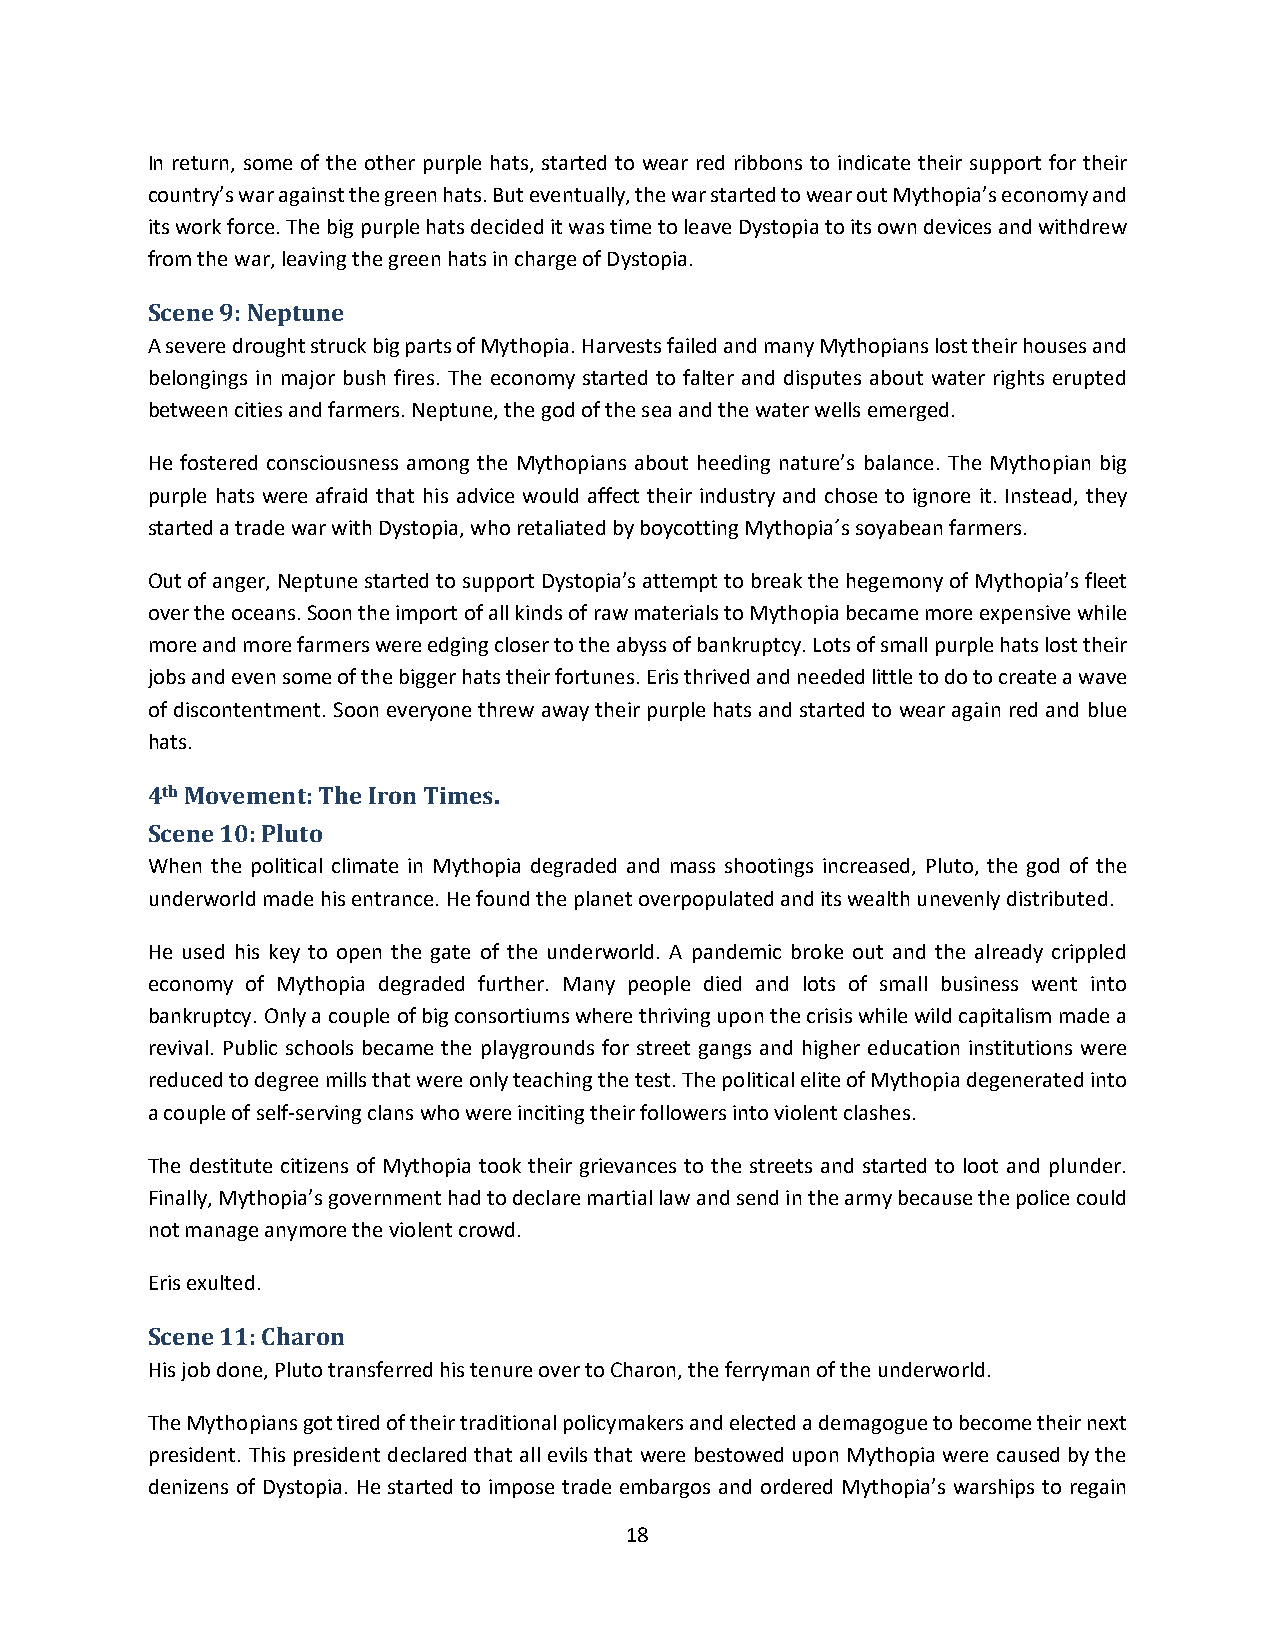
In return, some of the other purple hats, started to wear red ribbons to indicate their support for their
 country’s war against the green hats. But eventually, the war started to wear out Mythopia’s economy and
 its work force. The big purple hats decided it was time to leave Dystopia to its own devices and withdrew
 from the war, leaving the green hats in charge of Dystopia.
 Scene 9: Neptune
 A severe drought struck big parts of Mythopia. Harvests failed and many Mythopians lost their houses and
 belongings in major bush fires. The economy started to falter and disputes about water rights erupted
 between cities and farmers. Neptune, the god of the sea and the water wells emerged.
 He fostered consciousness among the Mythopians about heeding nature’s balance. The Mythopian big
 purple hats were afraid that his advice would affect their industry and chose to ignore it. Instead, they
 started a trade war with Dystopia, who retaliated by boycotting Mythopia´s soyabean farmers.
 Out of anger, Neptune started to support Dystopia’s attempt to break the hegemony of Mythopia’s fleet
 over the oceans. Soon the import of all kinds of raw materials to Mythopia became more expensive while
 more and more farmers were edging closer to the abyss of bankruptcy. Lots of small purple hats lost their
 jobs and even some of the bigger hats their fortunes. Eris thrived and needed little to do to create a wave
 of discontentment. Soon everyone threw away their purple hats and started to wear again red and blue
 hats.
 4th Movement: The Iron Times.
 Scene 10: Pluto
 When the political climate in Mythopia degraded and mass shootings increased, Pluto, the god of the
 underworld made his entrance. He found the planet overpopulated and its wealth unevenly distributed.
 He used his key to open the gate of the underworld. A pandemic broke out and the already crippled
 economy of Mythopia degraded further. Many people died and lots of small business went into
 bankruptcy. Only a couple of big consortiums where thriving upon the crisis while wild capitalism made a
 revival. Public schools became the playgrounds for street gangs and higher education institutions were
 reduced to degree mills that were only teaching the test. The political elite of Mythopia degenerated into
 a couple of self-serving clans who were inciting their followers into violent clashes.
 The destitute citizens of Mythopia took their grievances to the streets and started to loot and plunder.
 Finally, Mythopia’s government had to declare martial law and send in the army because the police could
 not manage anymore the violent crowd.
 Eris exulted.
 Scene 11: Charon
 His job done, Pluto transferred his tenure over to Charon, the ferryman of the underworld.
 The Mythopians got tired of their traditional policymakers and elected a demagogue to become their next
 president. This president declared that all evils that were bestowed upon Mythopia were caused by the
 denizens of Dystopia. He started to impose trade embargos and ordered Mythopia’s warships to regain
 18